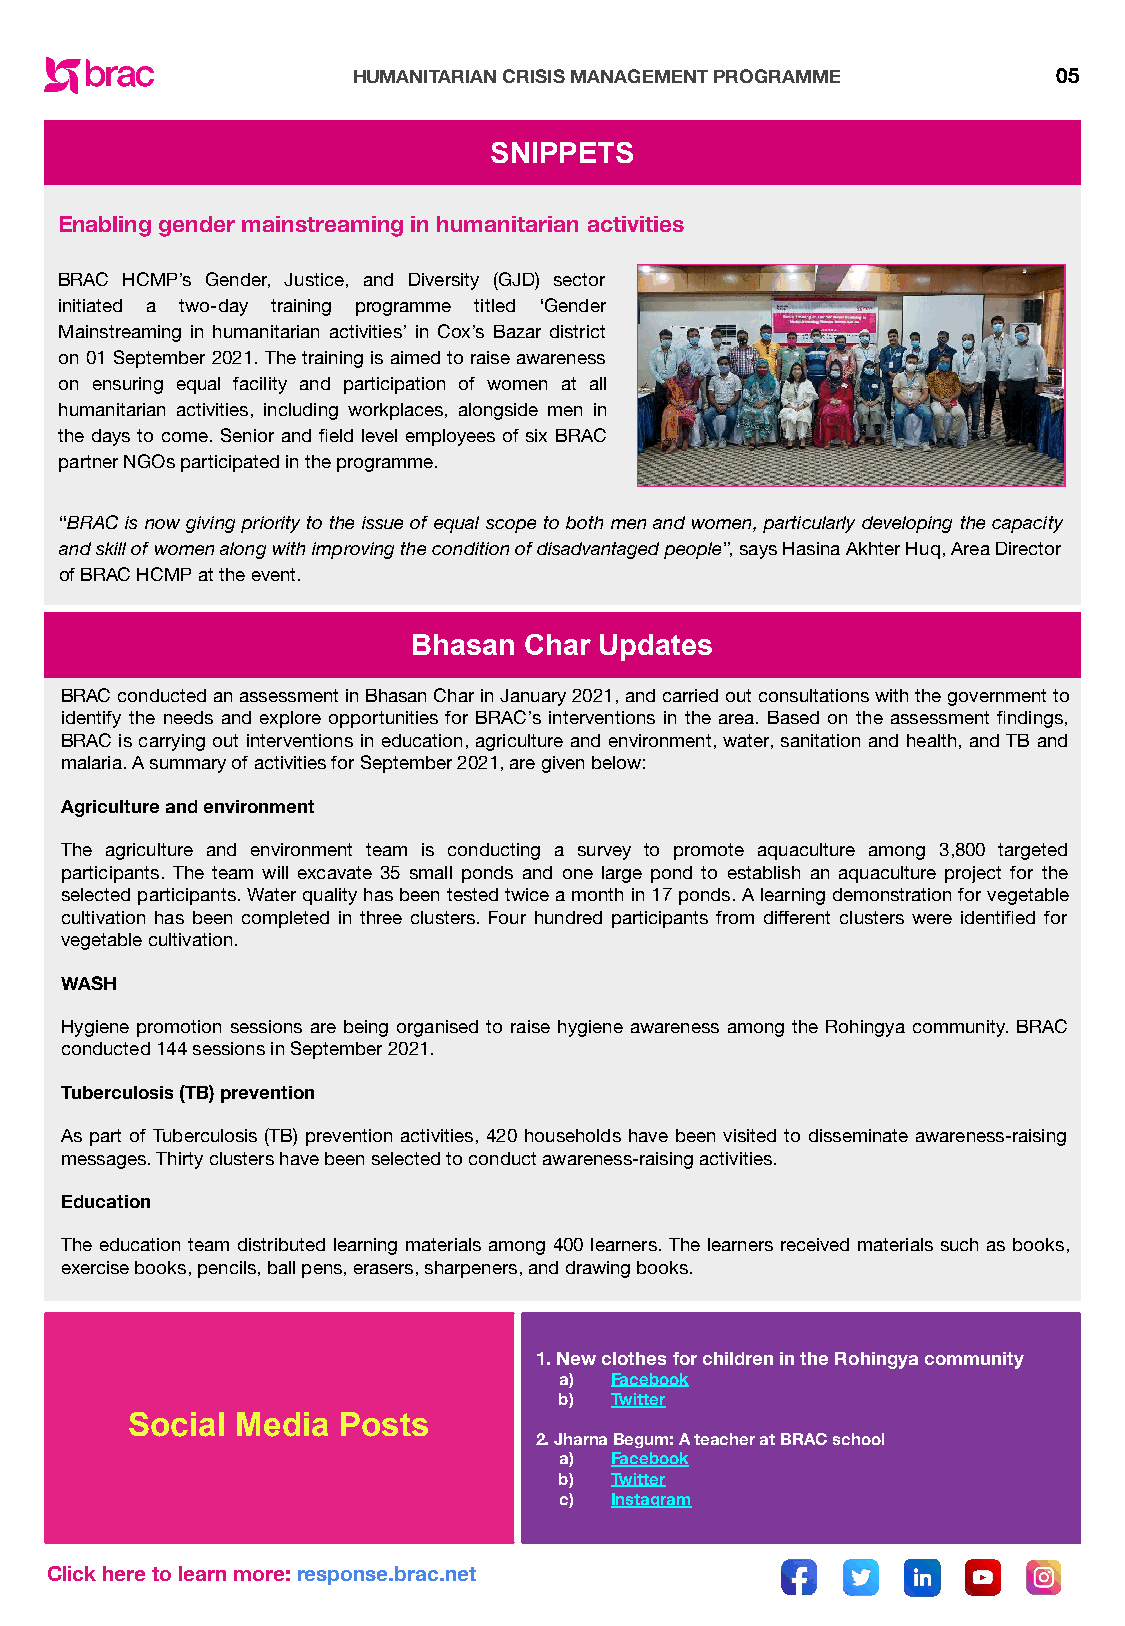
HUMANITARIAN CRISIS MANAGEMENT PROGRAMME       05
 SNIPPETS
 Enabling gender mainstreaming in humanitarian activities
 BRAC HCMP’s Gender, Justice, and Diversity (GJD) sector
 initiated a two-day training programme titled ‘Gender
 Mainstreaming in humanitarian activities’ in Cox’s Bazar district
 on 01 September 2021. The training is aimed to raise awareness
 on ensuring equal facility and participation of women at all
 humanitarian activities, including workplaces, alongside men in
 the days to come. Senior and field level employees of six BRAC
 partner NGOs participated in the programme.
 “BRAC is now giving priority to the issue of equal scope to both men and women, particularly developing the capacity
 and skill of women along with improving the condition of disadvantaged people”, says Hasina Akhter Huq, Area Director
 of BRAC HCMP at the event.
 Bhasan  Char Updates
 BRAC conducted an assessment in Bhasan Char in January 2021, and carried out consultations with the government to
 identify the needs and explore opportunities for BRAC’s interventions in the area. Based on the assessment findings,
 BRAC is carrying out interventions in education, agriculture and environment, water, sanitation and health, and TB and
 malaria. A summary of activities for September 2021, are given below:
 Agriculture and environment
 The agriculture and environment team is conducting a survey to promote aquaculture among 3,800 targeted
 participants. The team will excavate 35 small ponds and one large pond to establish an aquaculture project for the
 selected participants. Water quality has been tested twice a month in 17 ponds. A learning demonstration for vegetable
 cultivation has been completed in three clusters. Four hundred participants from different clusters were identified for
 vegetable cultivation.
 WASH
 Hygiene promotion sessions are being organised to raise hygiene awareness among the Rohingya community. BRAC
 conducted 144 sessions in September 2021.
 Tuberculosis (TB) prevention
 As part of Tuberculosis (TB) prevention activities, 420 households have been visited to disseminate awareness-raising
 messages. Thirty clusters have been selected to conduct awareness-raising activities.
 Education
 The education team distributed learning materials among 400 learners. The learners received materials such as books,
 exercise books, pencils, ball pens, erasers, sharpeners, and drawing books.
 1. New clothes for children in the Rohingya community
 a) Facebook
 b) Twitter
 Social  Media Posts
 2. Jharna Begum: A teacher at BRAC school
 a) Facebook
 b) Twitter
 c) Instagram
 Click here to learn more: response.brac.net